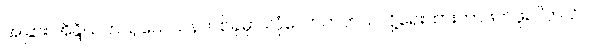
အခြား အိန္ဒိယကသုသေသနတစ်ခုမှာ လုံလောက်တယ်လို့ရေးထားတာဖတ်ဖူးပါတယ်။